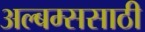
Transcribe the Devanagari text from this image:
अल्बम्ससाठी